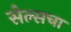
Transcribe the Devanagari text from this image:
सेल्सचा